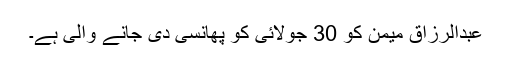
عبدالرزاق میمن کو 30 جولائی کو پھانسی دی جانے والی ہے۔